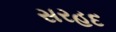
સરહદ